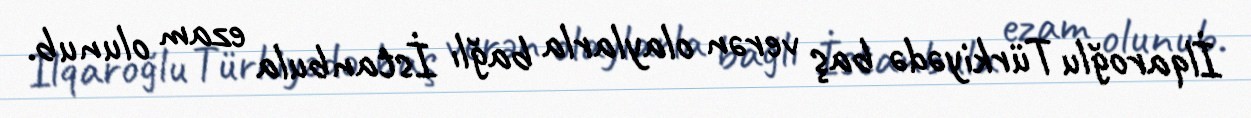
İlqaroğlu Türkiyədə baş verən olaylarla bağlı İstanbula ezam olunub.